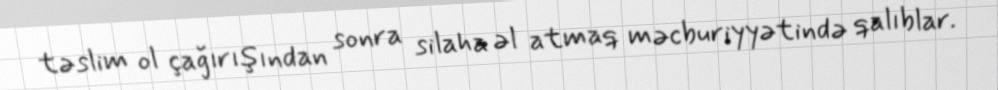
təslim ol çağırışından sonra silaha əl atmaq məcburiyyətində qalıblar.